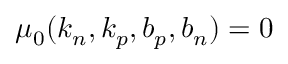
\mu _ { 0 } ( k _ { n } , k _ { p } , b _ { p } , b _ { n } ) = 0